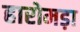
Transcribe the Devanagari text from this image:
हारोमड़ा